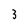
Character: 3